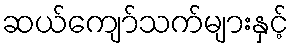
ဆယ်ကျော်သက်များနှင့်